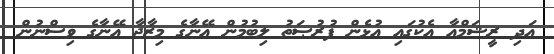
އަދި ރީޝަމްއާ އެކުގައި އުޅެން ފުރުޞަތު ލިބުމުން އޭނާގެ މިޒާޖާ އޭނާގެ ވިސްނުން